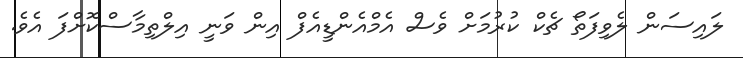
ލައިސަން ލެވިފަތޯ ޗެކް ކުރުމަށް ވެސް އެމްއެންޑީއެފް އިން ވަނީ އިލްތިމާސްކޮށްފަ އެވެ.